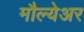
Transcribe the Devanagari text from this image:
मौल्येअर